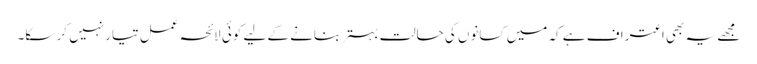
مجھے یہ بھی اعتراف ہے کہ میں کسانوں کی حالت بہتر بنانے کے لیے کوئی لائحہ عمل تیار نہیں کر سکا۔